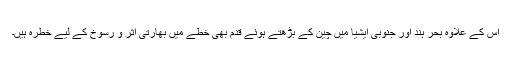
اس کے علاوہ بحر ہند اور جنوبی ایشیا میں چین کے بڑھتے ہوئے قدم بھی خطے میں بھارتی اثر و رسوخ کے لیے خطرہ ہیں۔